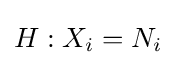
H:X_{i}=N_{i}